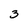
Character: 3